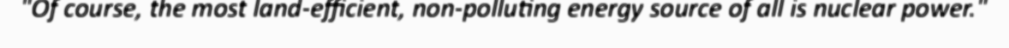
"Of course, the most land-efficient, non-polluting energy source of all is nuclear power."